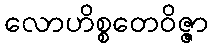
လောဟိစ္စတေဝိဇ္ဇာ